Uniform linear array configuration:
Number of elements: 48
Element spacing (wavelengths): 0.25
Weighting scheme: binomial
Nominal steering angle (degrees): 0
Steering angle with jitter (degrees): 1.827
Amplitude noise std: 0.05
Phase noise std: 0.05

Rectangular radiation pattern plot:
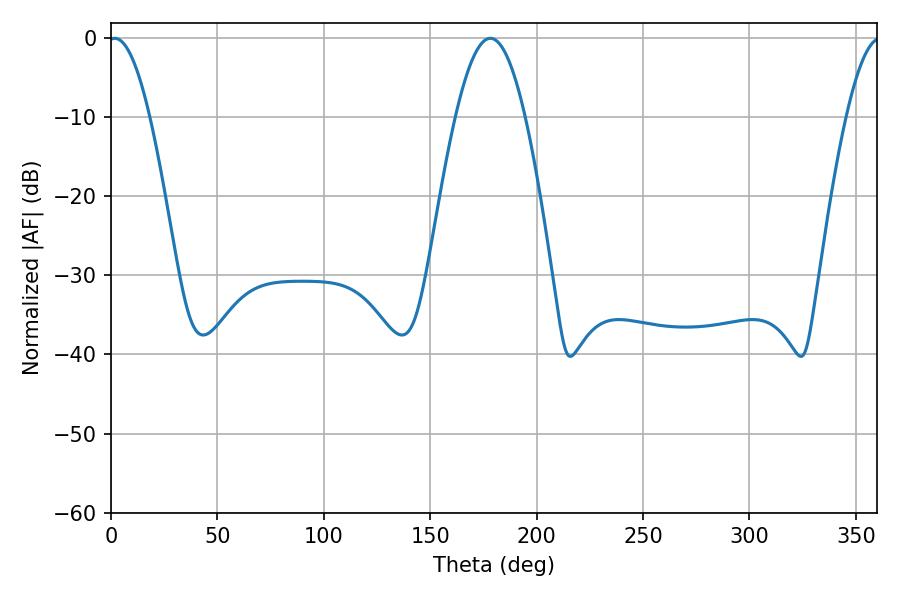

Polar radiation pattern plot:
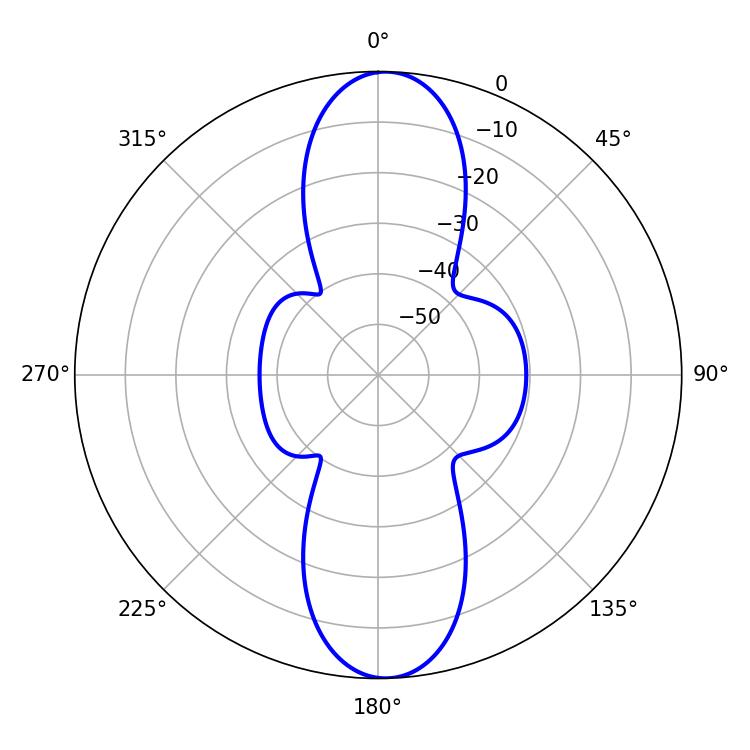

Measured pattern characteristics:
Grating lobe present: FALSE
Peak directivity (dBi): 19.73
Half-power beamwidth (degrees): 10.62
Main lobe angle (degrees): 1.8